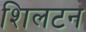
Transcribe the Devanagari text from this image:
शिलटन